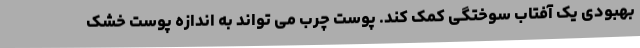
بهبودی یک آفتاب سوختگی کمک کند. پوست چرب می تواند به اندازه پوست خشک